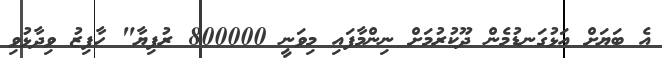
އެ ބަޔަށް އަޅުގަނޑުމެން ދޫކުރުމަށް ނިންމާފައި މިވަނީ 800000 ރުފިޔާ" ހާފިޒު ވިދާޅުވި